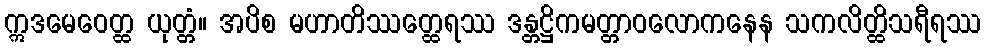
ဣဒမေဝေတ္ထ ယုတ္တံ။ အပိစ မဟာတိဿတ္ထေရဿ ဒန္တဋ္ဌိကမတ္တာဝလောကနေန သကလိတ္ထိသရီရဿ